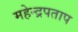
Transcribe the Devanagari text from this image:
महेन्द्रपताप